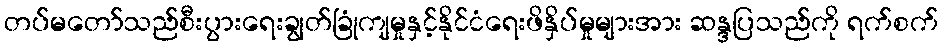
တပ်မတော်သည်စီးပွားရေးချွတ်ခြုံကျမှုနှင့်နိုင်ငံရေးဖိနှိပ်မှုများအား ဆန္ဒပြသည်ကို ရက်စက်